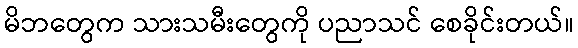
မိဘတွေက သားသမီးတွေကို ပညာသင် စေခိုင်းတယ်။